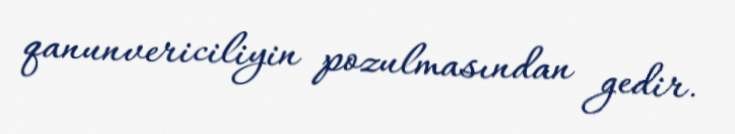
qanunvericiliyin pozulmasından gedir.